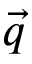
\vec { q }